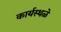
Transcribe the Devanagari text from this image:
कार्यस्थळे